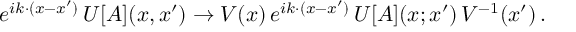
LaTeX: e ^ { i k \cdot ( x - x ^ { \prime } ) } \, U [ A ] ( x , x ^ { \prime } ) \to V ( x ) \, e ^ { i k \cdot ( x - x ^ { \prime } ) } \, U [ A ] ( x ; x ^ { \prime } ) \, V ^ { - 1 } ( x ^ { \prime } ) \, .